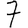
Digit: 7